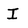
Character: I